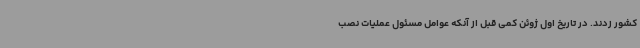
کشور زدند. در تاریخ اول ژوئن کمی قبل از آنکه عوامل مسئول عملیات نصب